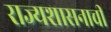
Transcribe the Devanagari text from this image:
राज्यशासनाची